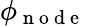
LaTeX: \phi_{\mathrm{~n~o~d~e~}}